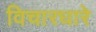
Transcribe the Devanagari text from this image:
विचारधारे